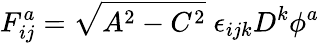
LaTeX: F_{ij}^{a}=\sqrt{A^{2}-C^{2}}\; \epsilon_{ijk}D^{k}\phi^{a}